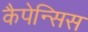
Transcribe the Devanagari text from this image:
कैपेन्सिस